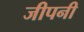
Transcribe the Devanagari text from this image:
जीपनी